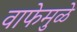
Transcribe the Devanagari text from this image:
वाफेमुळे